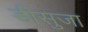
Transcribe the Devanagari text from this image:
डीसुजा